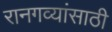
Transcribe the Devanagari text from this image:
रानगव्यांसाठी